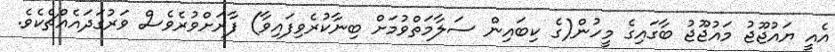
އެއީ ޔައުޖޫޖު މައުޖޫޖު ބާގައިގެ މީހުން(ގެ ކިބައިން ސަލާމަތްވުމަށް ބިނާކުރެވިފައިވާ) ފާރަށްވުރެވެސް ވަރުގަދައެއްޗެކެވެ.